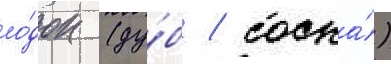
ло́док (ду́б / сосна́)